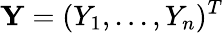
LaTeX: \mathbf{Y}=(Y_{1},...,Y_{n})^{T}